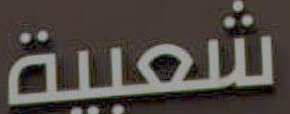
شعبية